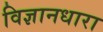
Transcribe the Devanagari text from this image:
विज्ञानधारा